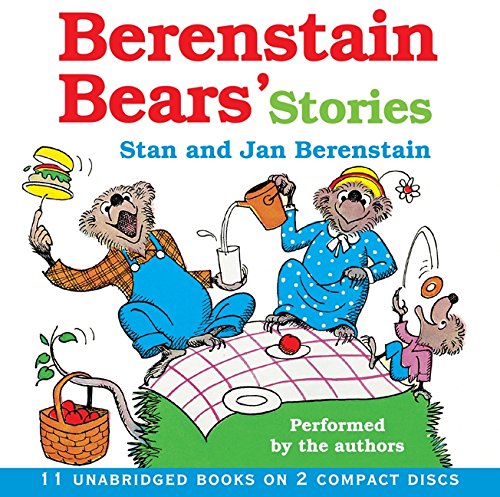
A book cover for Berenstain Bear's Stories CD; Jan Berenstain; Children's Books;